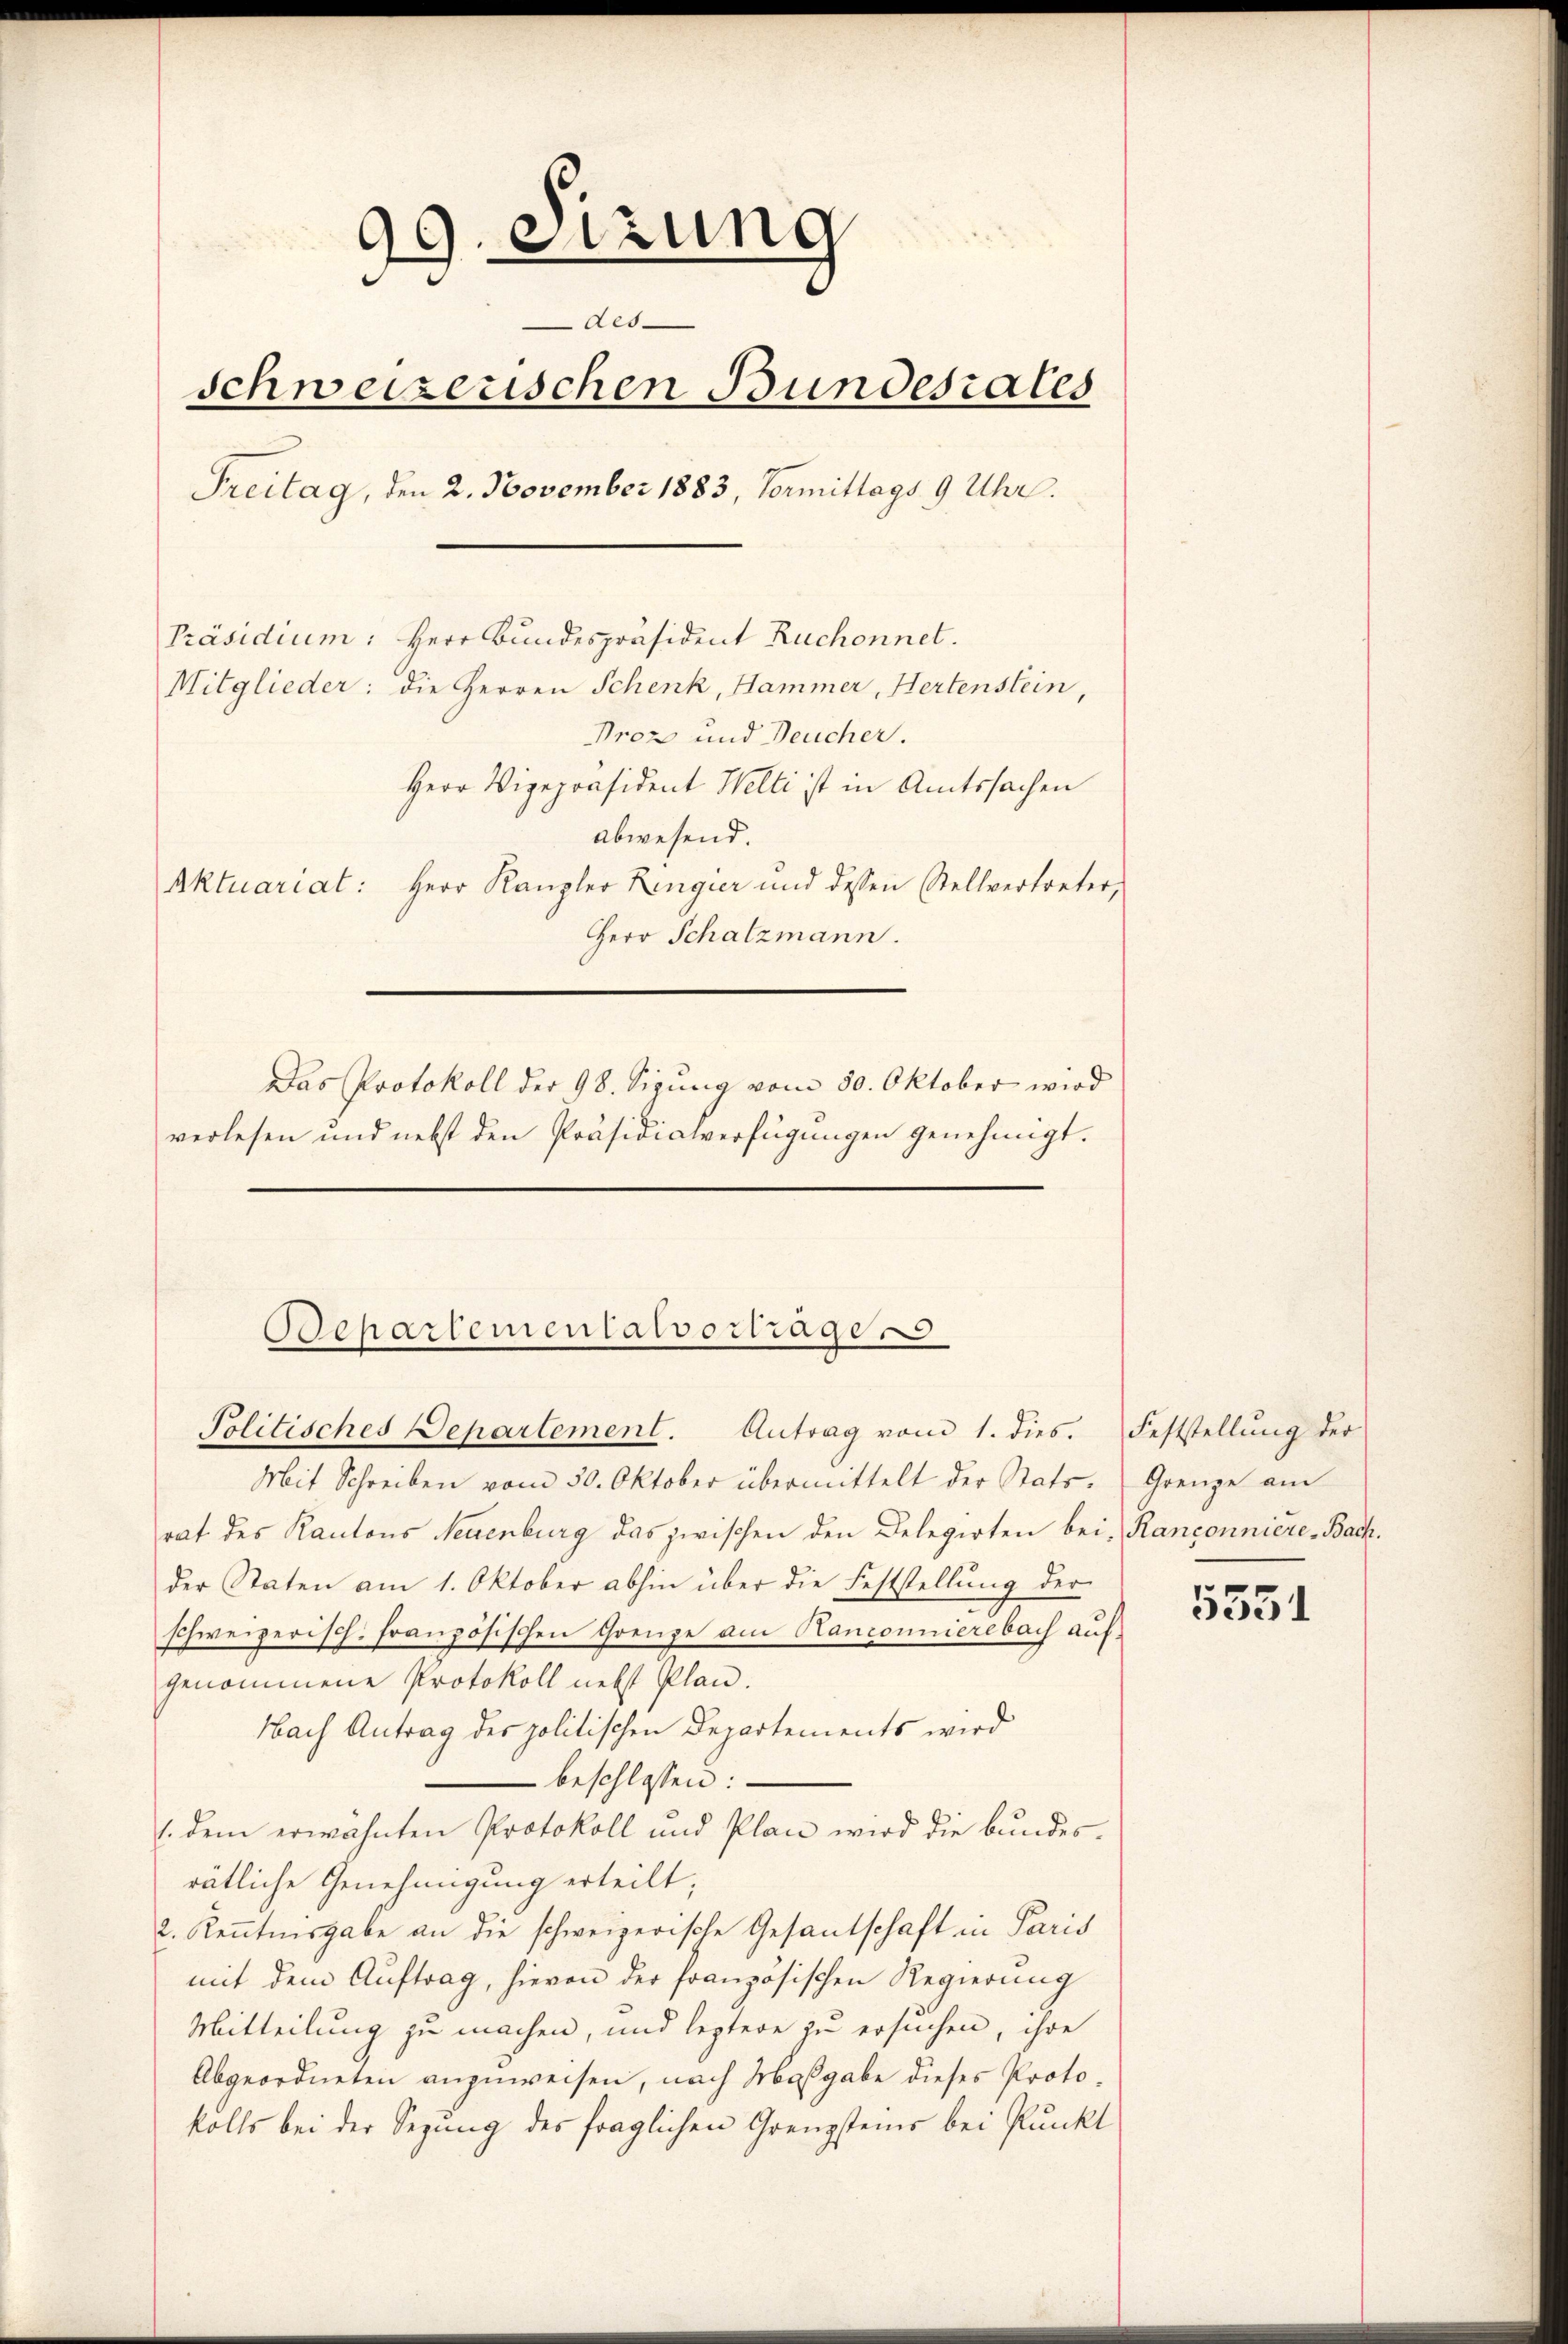
99 etzung
Aes
schweizerischen Bundesrates
Freitag, den 2. November 1883, Vormittags 9 Uhr.
Präsidium: Herr Bundespräsident Ruchonnet.
Mitglieder: die Herren Schenk, Hammer, Hertenstein,
Proz und Deucher.
Herr Vizepräsident Welti ist in Amtssachen
abwesend.
Aktuariat: Herr Kanzler Lengier und dessen Stellvertreter,
Herr Schatzmann.
Das Protokoll der 98. Sigung vom 30. Oktober wird
verlesen und nebst den Präsidialverfügŭngen genehmigt.

Separtementalvertragen
Politisches Departement. Antrag vom 1. dies. Feststellŭng der

Mit Schreiben vom 30. Oktober übermittelt der Stats. Grenze am
rat des Kantons Neuenburg das zwischen den Delegirten bei Ranconniere, Bachder Staten am 1. Oktober abhin über die Feststellung der
schweizerisch-Französischen Grenze am Kanconnierebach aufgenommene Protokoll nebst Plan.
Nach Antrag des politischen Departements wird
beschlossen:
1. dem erwähnten Protokoll und Plan wird die bundesrätliche Genehmigung erteilt;
2. Kenntnisgabe an die schweizerische Gesandschaft in Paris
mit dem Auftrag, hievon der französischen Regierung
Mitteilung zu machen, und leztere zu ersuchen, ihre
Abgeordneten anzuweisen, nach Maßgabe dieses Protokolls bei der Segung des fraglichen Grenzsteins bei Punkt

5551